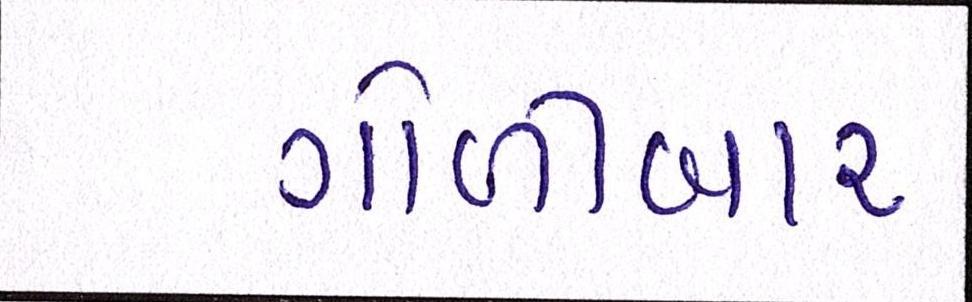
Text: ગોળીબાર